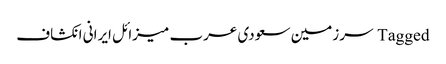
Tagged سرزمین سعودی عرب میزائل ایرانی انکشاف